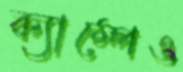
ক্যাম্পেও